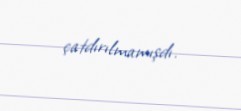
çatdırılmamışdı.